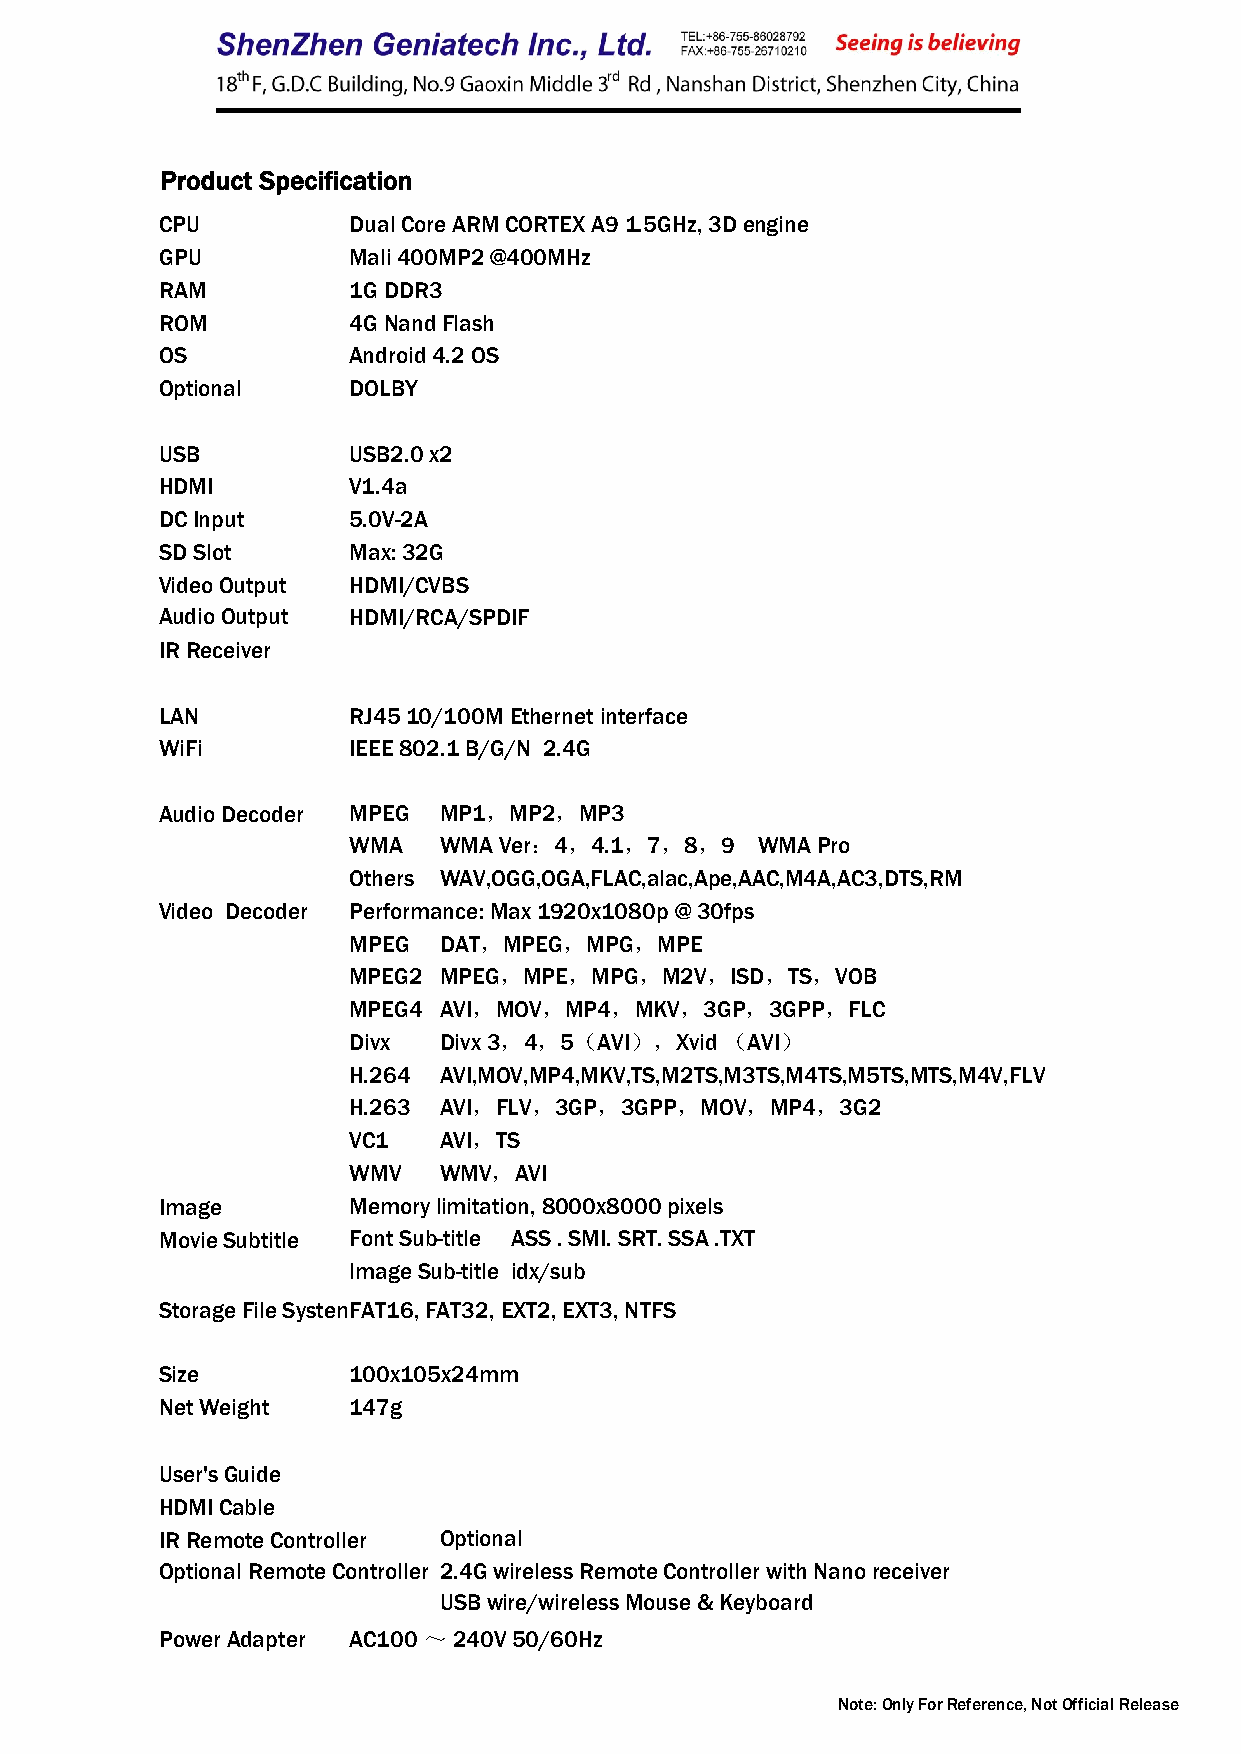
Product Specification
 CPU         Dual Core ARM CORTEX A9 1.5GHz, 3D engine
 GPU         Mali 400MP2 @400MHz
 RAM         1G DDR3
 ROM         4G Nand Flash
 OS          Android 4.2 OS
 Optional    DOLBY
 USB         USB2.0 x2
 HDMI        V1.4a
 DC Input    5.0V-2A
 SD Slot     Max: 32G
 Video Output HDMI/CVBS
 Audio Output HDMI/RCA/SPDIF
 IR Receiver
 LAN         RJ45 10/100M Ethernet interface
 WiFi        IEEE 802.1 B/G/N 2.4G
 Audio Decoder MPEG MP1，MP2，MP3
 WMA   WMA Ver：4，4.1，7，8，9  WMA Pro
 Others WAV,OGG,OGA,FLAC,alac,Ape,AAC,M4A,AC3,DTS,RM
 Video Decoder Performance: Max 1920x1080p @ 30fps
 MPEG  DAT，MPEG，MPG，MPE
 MPEG2 MPEG，MPE，MPG，M2V，ISD，TS，VOB
 MPEG4 AVI，MOV，MP4，MKV，3GP，3GPP，FLC
 Divx  Divx 3，4，5（AVI），Xvid （AVI）
 H.264 AVI,MOV,MP4,MKV,TS,M2TS,M3TS,M4TS,M5TS,MTS,M4V,FLV
 H.263 AVI，FLV，3GP，3GPP，MOV，MP4，3G2
 VC1   AVI，TS
 WMV   WMV，AVI
 Image       Memory limitation, 8000x8000 pixels
 Movie Subtitle Font Sub-title ASS . SMI. SRT. SSA .TXT
 lmage Sub-title idx/sub
 Storage File SystemFAT16, FAT32, EXT2, EXT3, NTFS
 Size        100x105x24mm
 Net Weight  147g
 User's Guide
 HDMI Cable
 IR Remote Controller Optional
 Optional Remote Controller 2.4G wireless Remote Controller with Nano receiver
 USB wire/wireless Mouse & Keyboard
 Power Adapter AC100 ～ 240V 50/60Hz
 Note: Only For Reference, Not Official Release